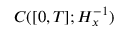
C ( [ 0 , T ] ; H _ { x } ^ { - 1 } )